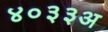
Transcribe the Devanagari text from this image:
४०३३अ